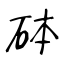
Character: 砵